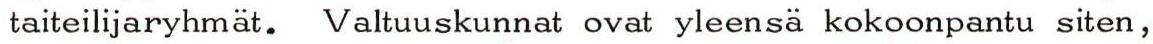
taiteilijaryhmät. Valtuuskunnat ovat yleensä kokoonpantu siten,